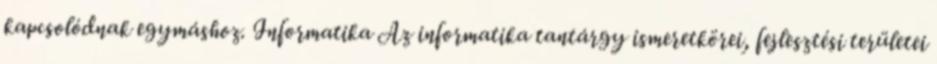
kapcsolódnak egymáshoz. Informatika Az informatika tantárgy ismeretkörei, fejlesztési területei